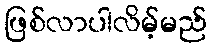
ဖြစ်လာပါလိမ့်မည်